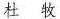
杜牧